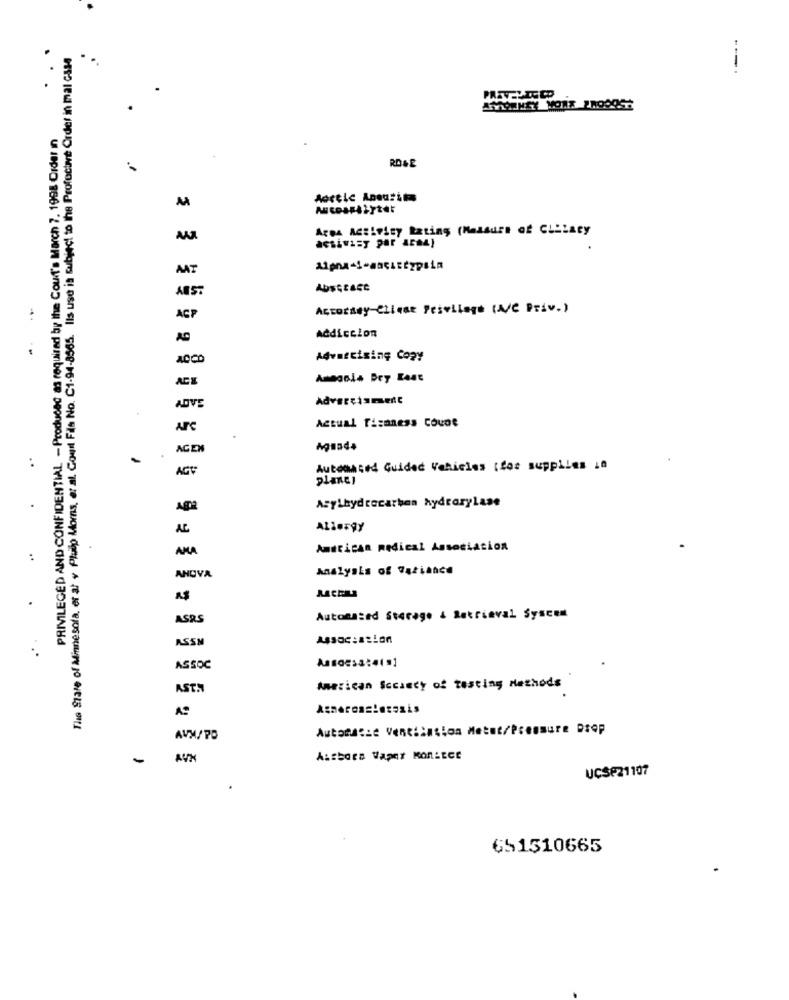
The State of Minnesota, er at + Phulp Morns, et al. Court Fils No. C1-94-8565. Ils use is subject to the Profoctive Order in mal case
---.
PRIVILEGED AND CONFIDENTIAL - Produced as required by the Court's March 7. 1998 Order in
Acetic Ansurins
ArBA ACTIFity Rating (Measure of CLELacy
acsivisy par acas)
MAT
ARST
Abstract
Accorday Clique Pesellage (A/C Priv.)
ACP
AC
Addiccion
ACCO
Advertising Copy
Advertisement
ADVE
Actual Tizaness Coupe
AFC
AGEN
AGV
Automated Guided Vehicles (foz supplies in
planes
Asylhydrocarbon hydroxylase
AL
Allergy
ANA
American medical Association
:
ANDVA
Analysis of Variance
.
ASRS
Automated Storage & Retrieval Syscem
ASSM
Assoc:ation
..
ASSOC
ASTA
American Society of testing Methods
Automatic Ventilation Metat/Pressure Drop
AVM/ PO
-
Authora Vapor KonLECE
UCSP21107
651510665